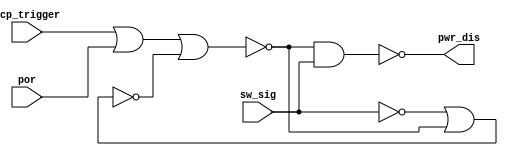
module powerController (
    input wire sw_sig, por, ocp_trigger,
    output wire pwr_dis
);
    wire Nsw_sig, w1, q, Nq, s;

    nand u3a (pwr_dis, Nq, sw_sig);
    nand u3b (Nsw_sig, sw_sig, sw_sig);
    
    nor u4a (w1, ocp_trigger, por);
    nor u4b (s, w1, w1);
    nor u4c (q, Nsw_sig, Nq);
    nor u4d (Nq, s, q);

endmodule